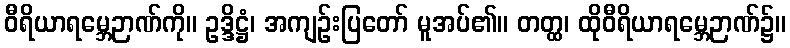
ဝီရိယာရမ္ဘေဉာဏ်ကို။ ဥဒ္ဒိဋ္ဌံ၊ အကျဉ်းပြတော် မူအပ်၏။ တတ္ထ၊ ထိုဝီရိယာရမ္ဘေဉာဏ်၌။